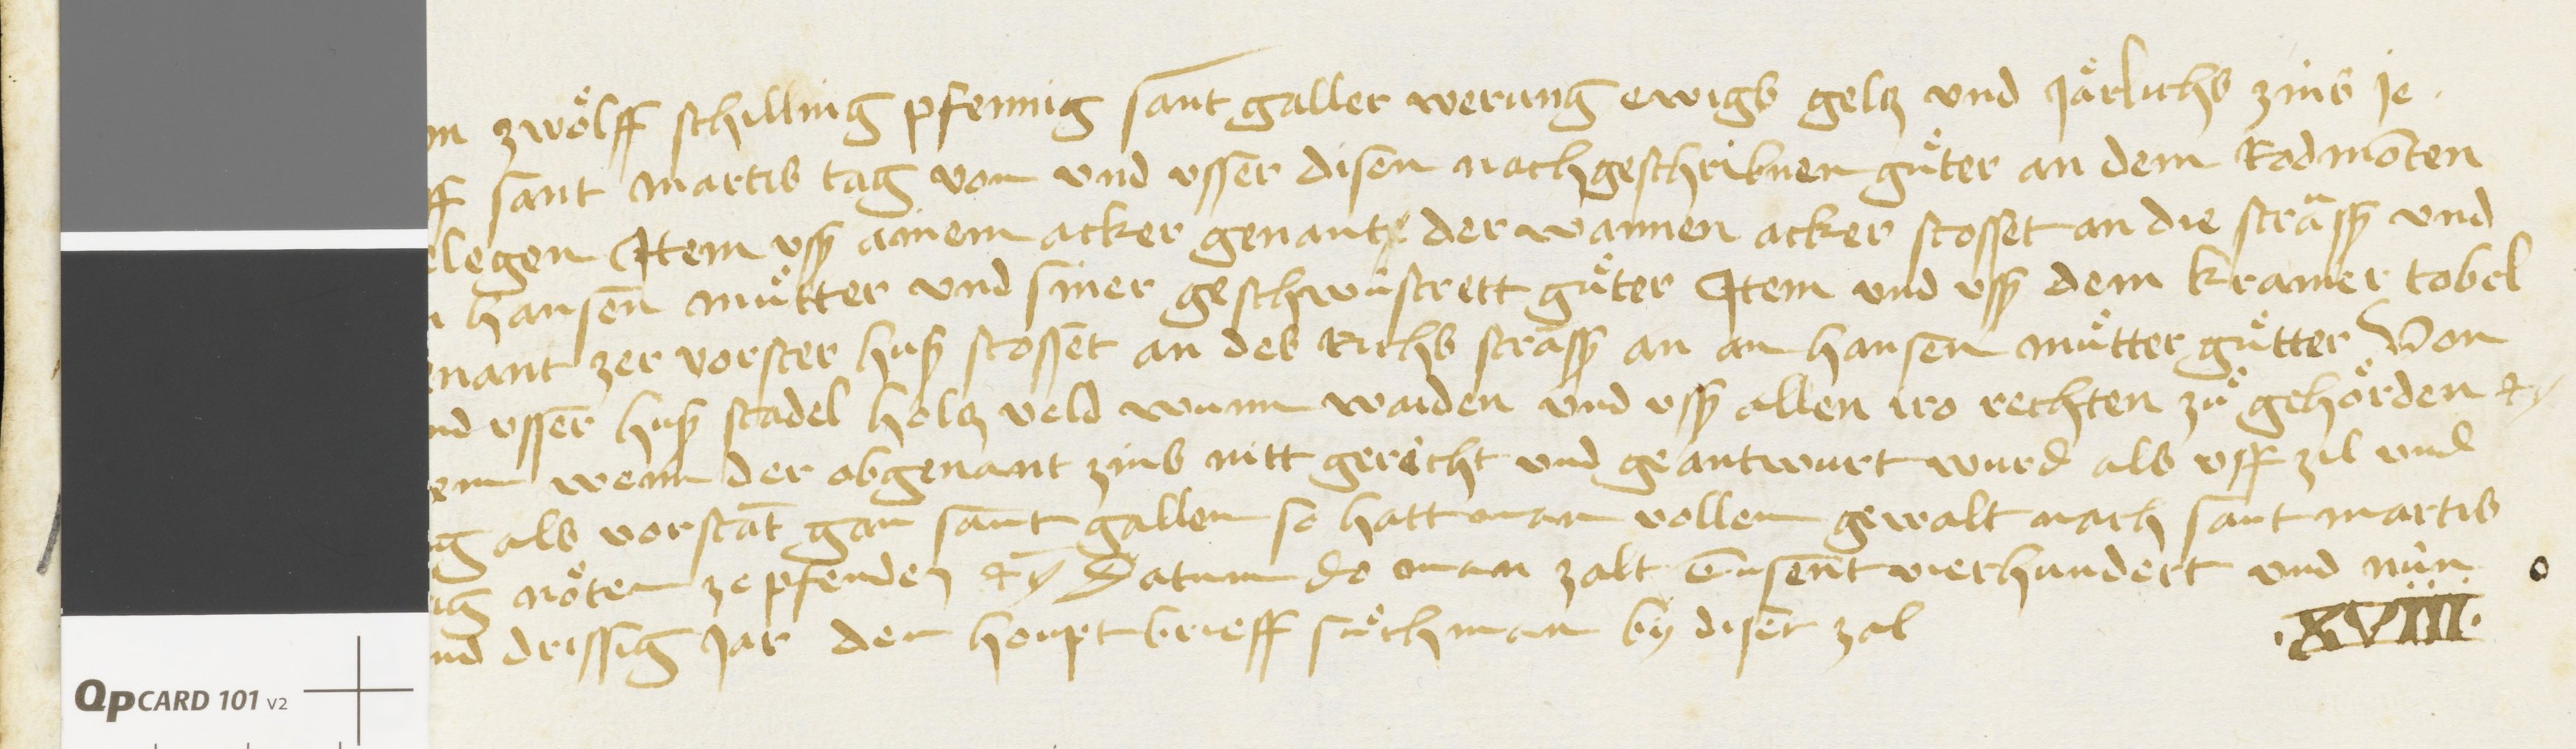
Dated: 1435–1499